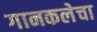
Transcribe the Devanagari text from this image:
गानकलेचा